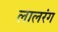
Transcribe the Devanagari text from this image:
लालरंग